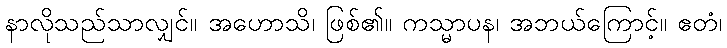
နာလိုသည်သာလျှင်။ အဟောသိ၊ ဖြစ်၏။ ကသ္မာပန၊ အဘယ်ကြောင့်။ ဧတံ၊